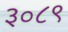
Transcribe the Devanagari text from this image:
३०८९